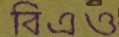
বিএও